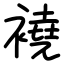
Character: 襓